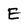
Character: E